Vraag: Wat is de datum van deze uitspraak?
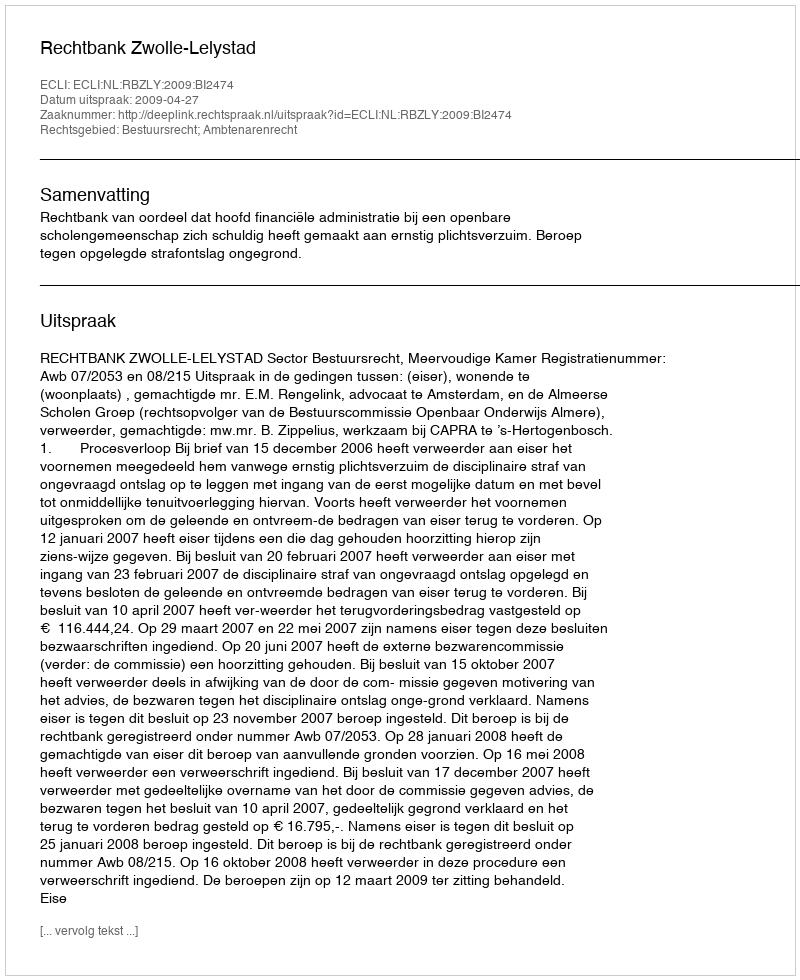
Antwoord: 2009-04-27